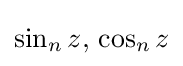
\sin _{n}z,\,\cos _{n}z